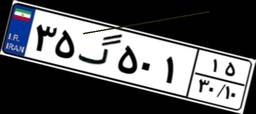
۳۵گ۵۰۱۱۵